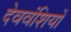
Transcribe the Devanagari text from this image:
देववंशियों